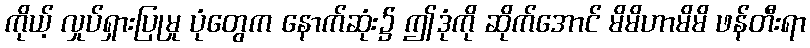
ကိုယ့် လှုပ်ရှားပြုမှု ပုံတွေက နောက်ဆုံး၌ ဤဒုံကို ဆိုက်အောင် မိမိဟာမိမိ ဖန်တီးရာ